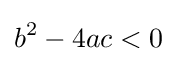
b^{2}-4ac<0